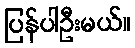
ပြန်ပါဦးမယ်။